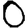
Digit: 0